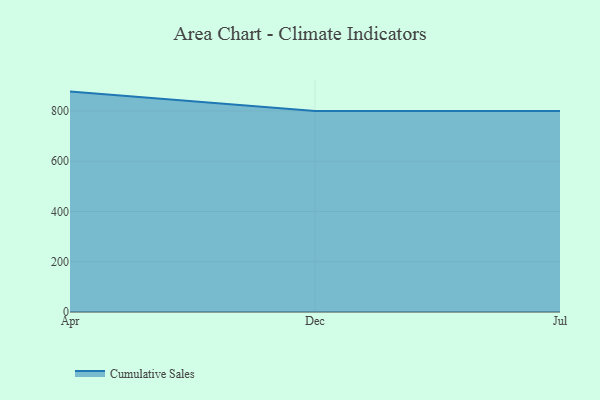
{"axis": {"x": "Month", "y": "Demand Index"}, "legend": ["Cumulative Sales"], "data": [{"x": "Apr", "y": 877.1, "type": "Cumulative Sales"}, {"x": "Dec", "y": 800, "type": "Cumulative Sales"}, {"x": "Jul", "y": 800, "type": "Cumulative Sales"}]}